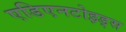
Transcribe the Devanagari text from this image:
एडिएनटोइड्स